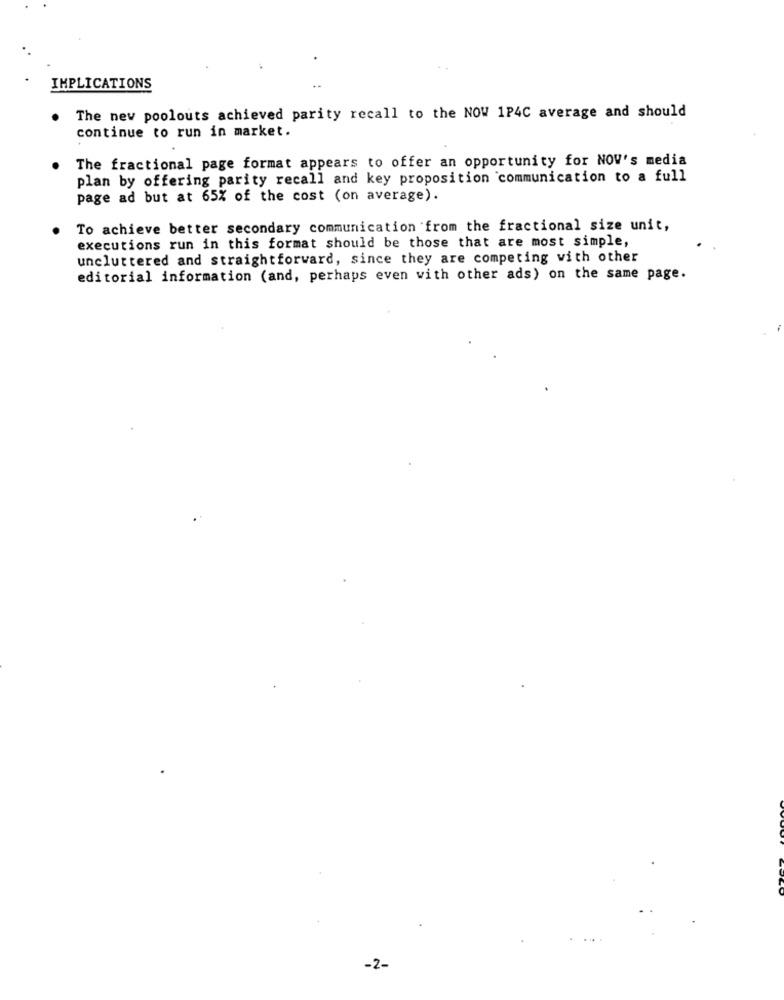
IMPLICATIONS
The new poolouts achieved parity recall to the NOW 1P4C average and should
continue to run in market.
The fractional page format appears to offer an opportunity for NOV's media
plan by offering parity recall and key proposition communication to a full
page ad but at 65% of the cost (on average).
To achieve better secondary communication from the fractional size unit,
executions run in this format should be those that are most simple,
uncluttered and straightforward, since they are competing with other
editorial information (and, perhaps even with other ads) on the same page.
-2-